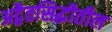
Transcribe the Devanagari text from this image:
अद्वैतसिद्धीतील